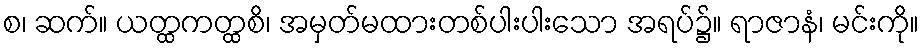
စ၊ ဆက်။ ယတ္ထကတ္ထစိ၊ အမှတ်မထားတစ်ပါးပါးသော အရပ်၌။ ရာဇာနံ၊ မင်းကို။